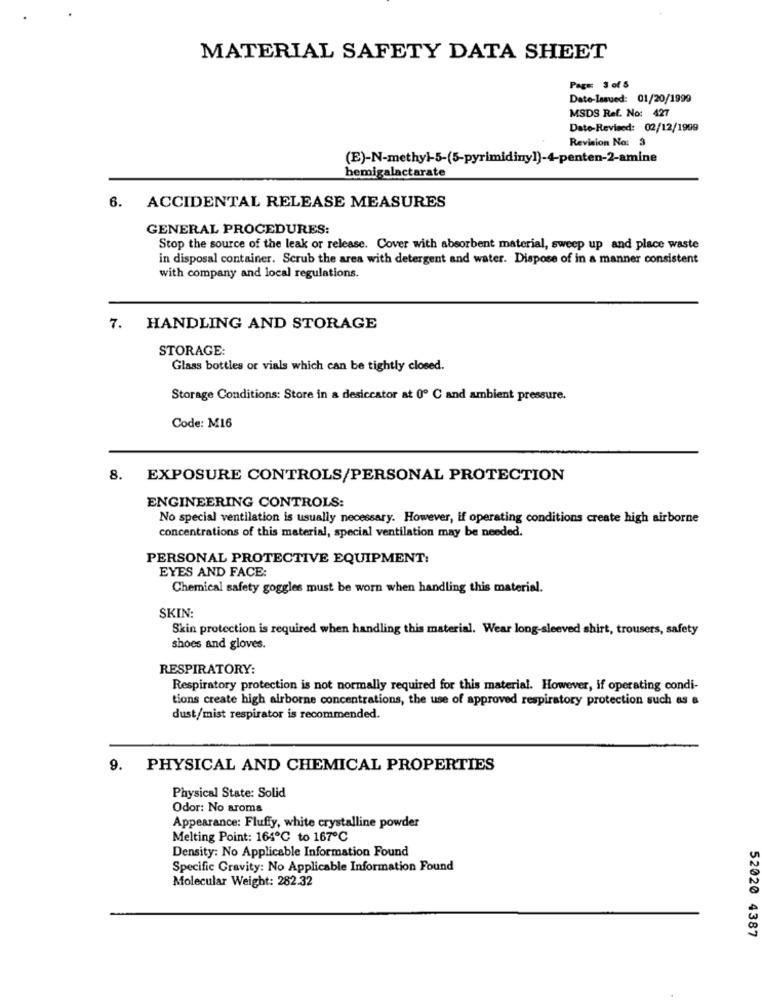
MATERIAL SAFETY DATA SHEET
Page: 3 of 5
Date-Issued: 01/20/1999
MSDS Ref. No: 427
Dato-Revised: 02/12/1999
Revision No: 3
(E)-N-methyl-5-(5-pyrimidiny])-4-penten-2-amine
hemigalactarate
6. ACCIDENTAL RELEASE MEASURES
GENERAL PROCEDURES:
Stop the source of the leak or release. Cover with absorbent material, sweep up and place waste
in disposal container. Scrub the area with detergent and water. Dispose of in a manner consistent
with company and local regulations.
7. HANDLING AND STORAGE
STORAGE:
Glass bottles or vials which can be tightly closed.
Storage Conditions: Store in a desiccator at 0º C and ambient pressure.
Code: M16
8. EXPOSURE CONTROLS/PERSONAL PROTECTION
ENGINEERING CONTROLS:
No special ventilation is usually necessary. However, if operating conditions create high airborne
concentrations of this material, special ventilation may be needed.
PERSONAL PROTECTIVE EQUIPMENT:
EYES AND FACE:
Chemical safety goggles must be worn when handling this material.
SKIN:
Skin protection is required when handling this material. Wear long-sleeved shirt, trousers, safety
shoes and gloves.
RESPIRATORY:
Respiratory protection is not normally required for this material. However, if operating condi-
tions create high airborne concentrations, the use of approved respiratory protection such as a
dust/mist respirator is recommended.
9. PHYSICAL AND CHEMICAL PROPERTIES
Physical State: Solid
Odor: No aroma
Appearance: Fluffy, white crystalline powder
Melting Point: 164℃ to 167℃
Density: No Applicable Information Found
Specific Gravity: No Applicable Information Found
Molecular Weight: 282.32
52020 4387